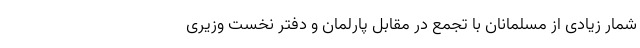
شمار زیادی از مسلمانان با تجمع در مقابل پارلمان و دفتر نخست وزیری